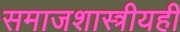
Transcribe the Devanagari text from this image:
समाजशास्त्रीयही